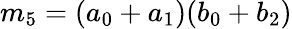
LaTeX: m_{5}=(a_{0}+a_{1})(b_{0}+b_{2})